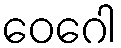
ဝေဂေါ